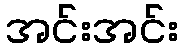
အင်းအင်း